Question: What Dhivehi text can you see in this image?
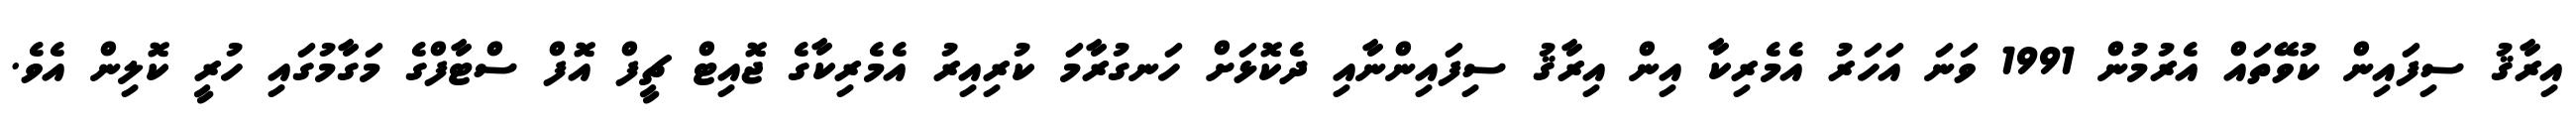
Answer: އިރާޤު ސިފައިން ކުވޭތައް އެރުމުން 1991 ވަނަ އަހަރު އެމެރިކާ އިން އިރާޤު ސިފައިންނާއި ދެކޮޅަށް ހަނގުރާމަ ކުރިއިރު އެމެރިކާގެ ޖޮއިޓް ޗީފް އޮފް ސްޓާފްގެ މަގާމުގައި ހުރީ ކޮލިން އެވެ.